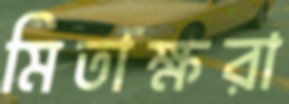
মিতাক্ষরা